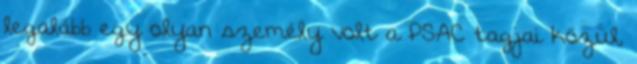
legalább egy olyan személy volt a PSAC tagjai közül,